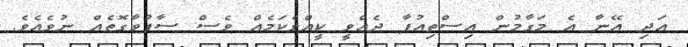
އަދި އޭނާ އެ މަގާމުން އިސްތިއުފާ ދެއްވީ ކީއްވެކަމެއް ވެސް ސާފުވާގޮތެއް ނުވެއެވެ.